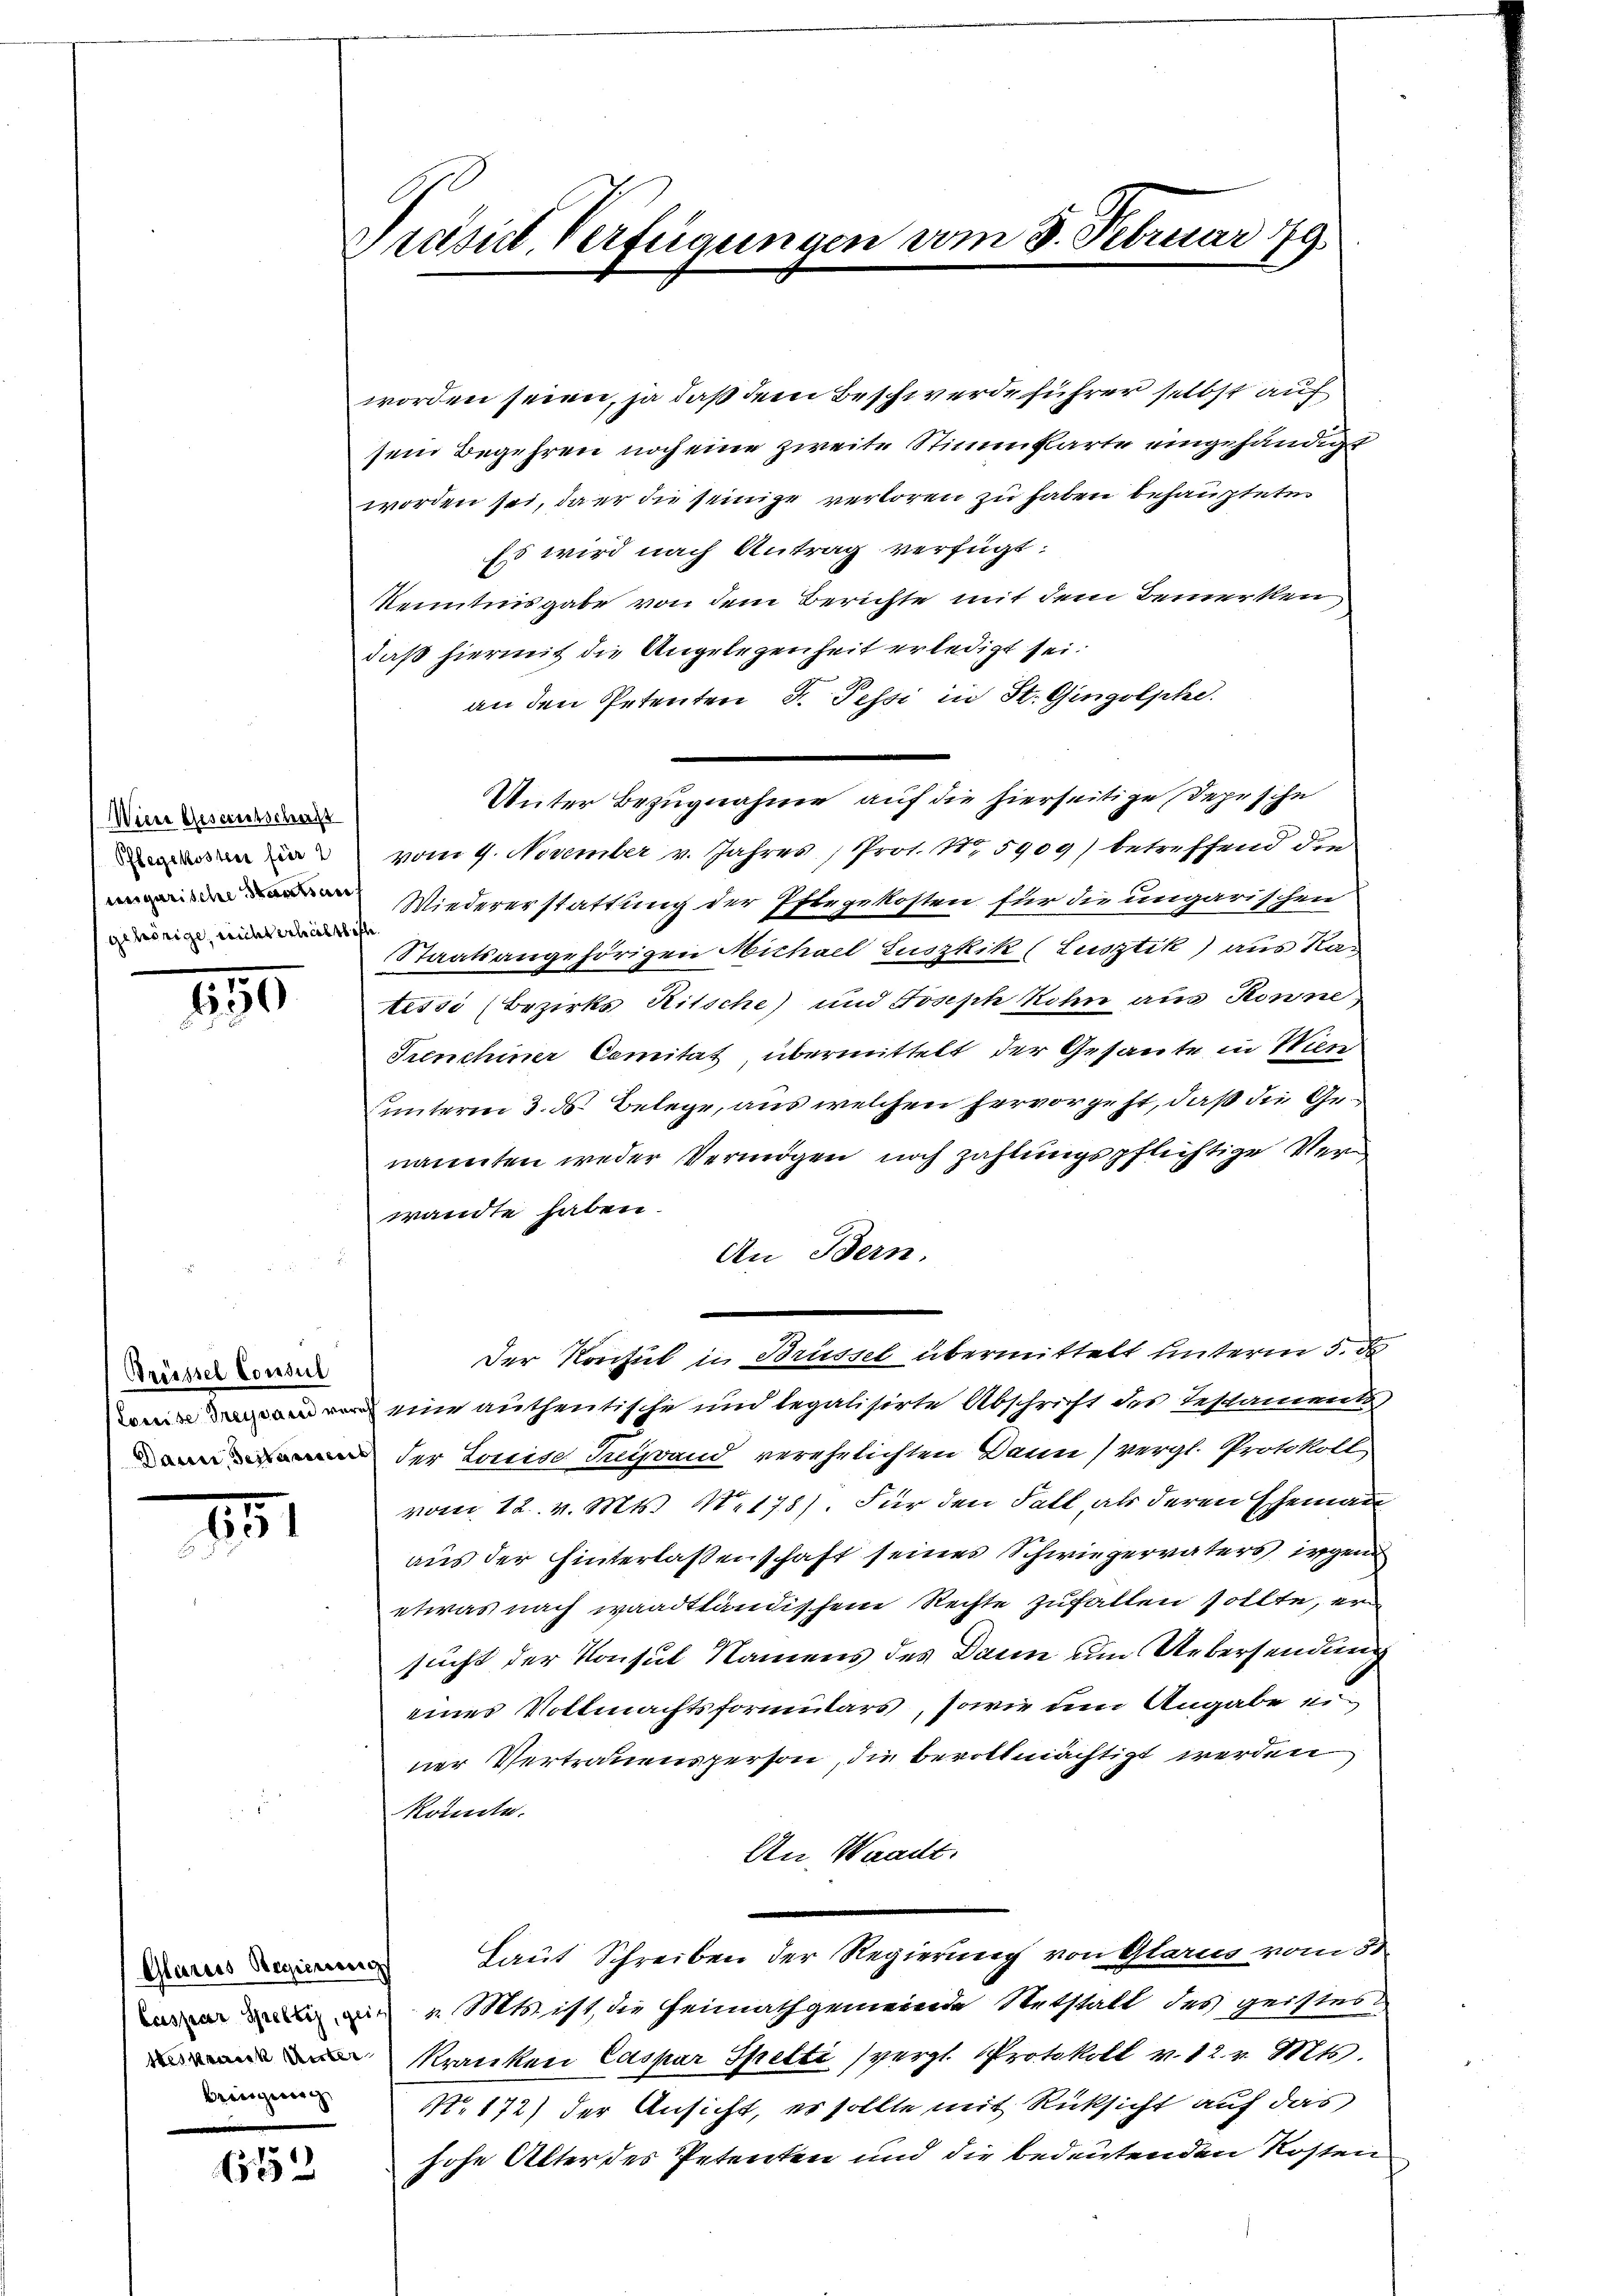
Wiene Gescritschaft
Pflegekostens für 2
gehörige, nicht erhältliche

195

Trüssel Consul

1

bringung

1582

Präsidt, Verfügungen vom 8. Februar 19

worden seien, ja daß dem Beschwerdeführer selbst auf
sein Begehren noch eine zweite Stimmkarte eingehändigt
worden sei, da er die seinige verloren zu haben behauptete.
Es wird nach Antrag verfügt:
Kenntnisgabe von dem Berichte mit dem Bemerken
daß hiermit die Angelegenheit erledigt sei.
an den Petenten S. Tessi in St. Gingolphe.
Unter Bezugnahme auf die hierseitige Depesche
vom 9. November v. Jahres Prot. N. 5909) betreffend die
Wiedererstattung der Pflegekosten für die ungarischen
Staatsangehörigen Michael Luszkik (Lusztik) aus Ratissi (Bezirks Ritsche) und Joseph Kohn aus Rönne,
Prenchiner Comitat, übermittelt der Gesante in Wien
unterm 3. ds. Belege, aus welchen hervorgeht, daß die Genannten weder Vermögen noch zahlungspflichtige Verwandte haben.
An Bern.
Der Konsul in Brüssel übermittelt unterm 3. d
 eine authentische und legalisirte Abschrift des Testament
 der Louise Tugrand verehelichten Dann (vergl. Protokoll,
vom 12. v. Mts. N. 178). Für den Fall, als deren Ehemann
aus der hinterlassenschaft seines Schwiegervaters irgend
etwas nach waadtländischen Rechte zufallen sollte, er
sucht der Konsul Namens des Dann um Uebersendung
eines Vollmachtsformulars, sowie im Angabe einer Vertrauensperson, die bevollmächtigt werden
könnte.
An Waadt.
 Laut Schreiben der Regierung von Glarus vom 31.
 Mts. ist, die Heimathgemeinde Antstalt des geistes
 Kranken Caspar Spetti (vergl. Protokoll v. 12. v. Mts.
N. 172) der Ansicht, es sollte mit Rücksicht auf das
hohe Alter des Petenten und die bedeutenden Kosten